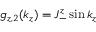
g _ { z , 2 } ( k _ { z } ) = J _ { - } ^ { z } \sin k _ { z }